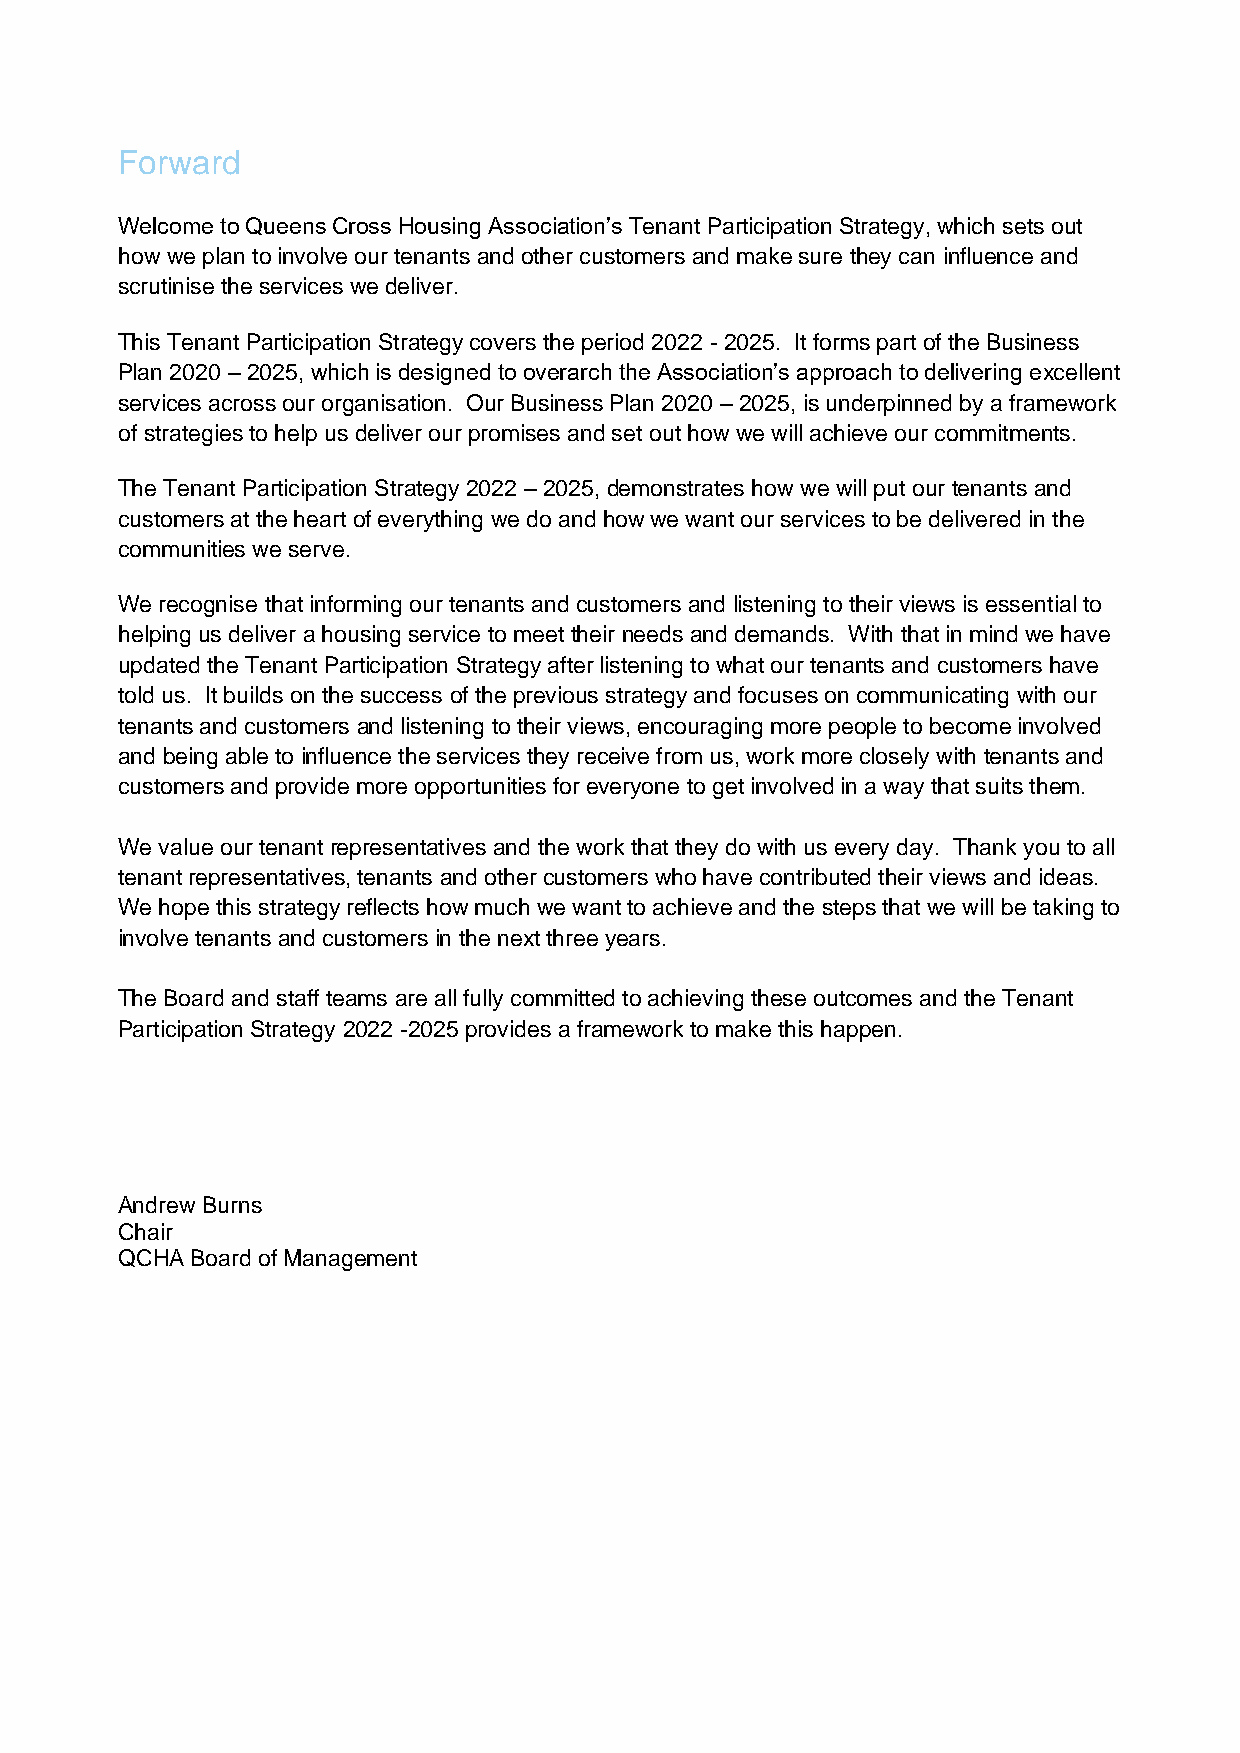
Forward
 Welcome to Queens Cross Housing Association’s Tenant Participation Strategy, which sets out
 how we plan to involve our tenants and other customers and make sure they can influence and
 scrutinise the services we deliver.
 This Tenant Participation Strategy covers the period 2022 - 2025. It forms part of the Business
 Plan 2020 – 2025, which is designed to overarch the Association’s approach to delivering excellent
 services across our organisation. Our Business Plan 2020 – 2025, is underpinned by a framework
 of strategies to help us deliver our promises and set out how we will achieve our commitments.
 The Tenant Participation Strategy 2022 – 2025, demonstrates how we will put our tenants and
 customers at the heart of everything we do and how we want our services to be delivered in the
 communities we serve.
 We recognise that informing our tenants and customers and listening to their views is essential to
 helping us deliver a housing service to meet their needs and demands. With that in mind we have
 updated the Tenant Participation Strategy after listening to what our tenants and customers have
 told us. It builds on the success of the previous strategy and focuses on communicating with our
 tenants and customers and listening to their views, encouraging more people to become involved
 and being able to influence the services they receive from us, work more closely with tenants and
 customers and provide more opportunities for everyone to get involved in a way that suits them.
 We value our tenant representatives and the work that they do with us every day. Thank you to all
 tenant representatives, tenants and other customers who have contributed their views and ideas.
 We hope this strategy reflects how much we want to achieve and the steps that we will be taking to
 involve tenants and customers in the next three years.
 The Board and staff teams are all fully committed to achieving these outcomes and the Tenant
 Participation Strategy 2022 -2025 provides a framework to make this happen.
 Andrew Burns
 Chair
 QCHA Board of Management